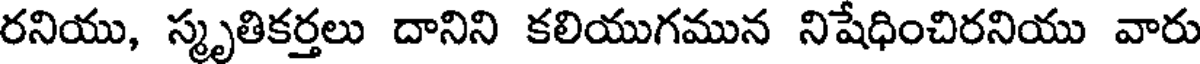
రనియు, స్మృతికర్తలు దానిని కలియుగమున నిషేధించిరనియు వారు